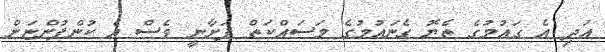
އަދި އެ ގައުމުގެ ތެޔޮ ގެނައުމުގެ މަސައްކަތް ފަށާނީ ވެސް އެ ކުންފުންޏަށް